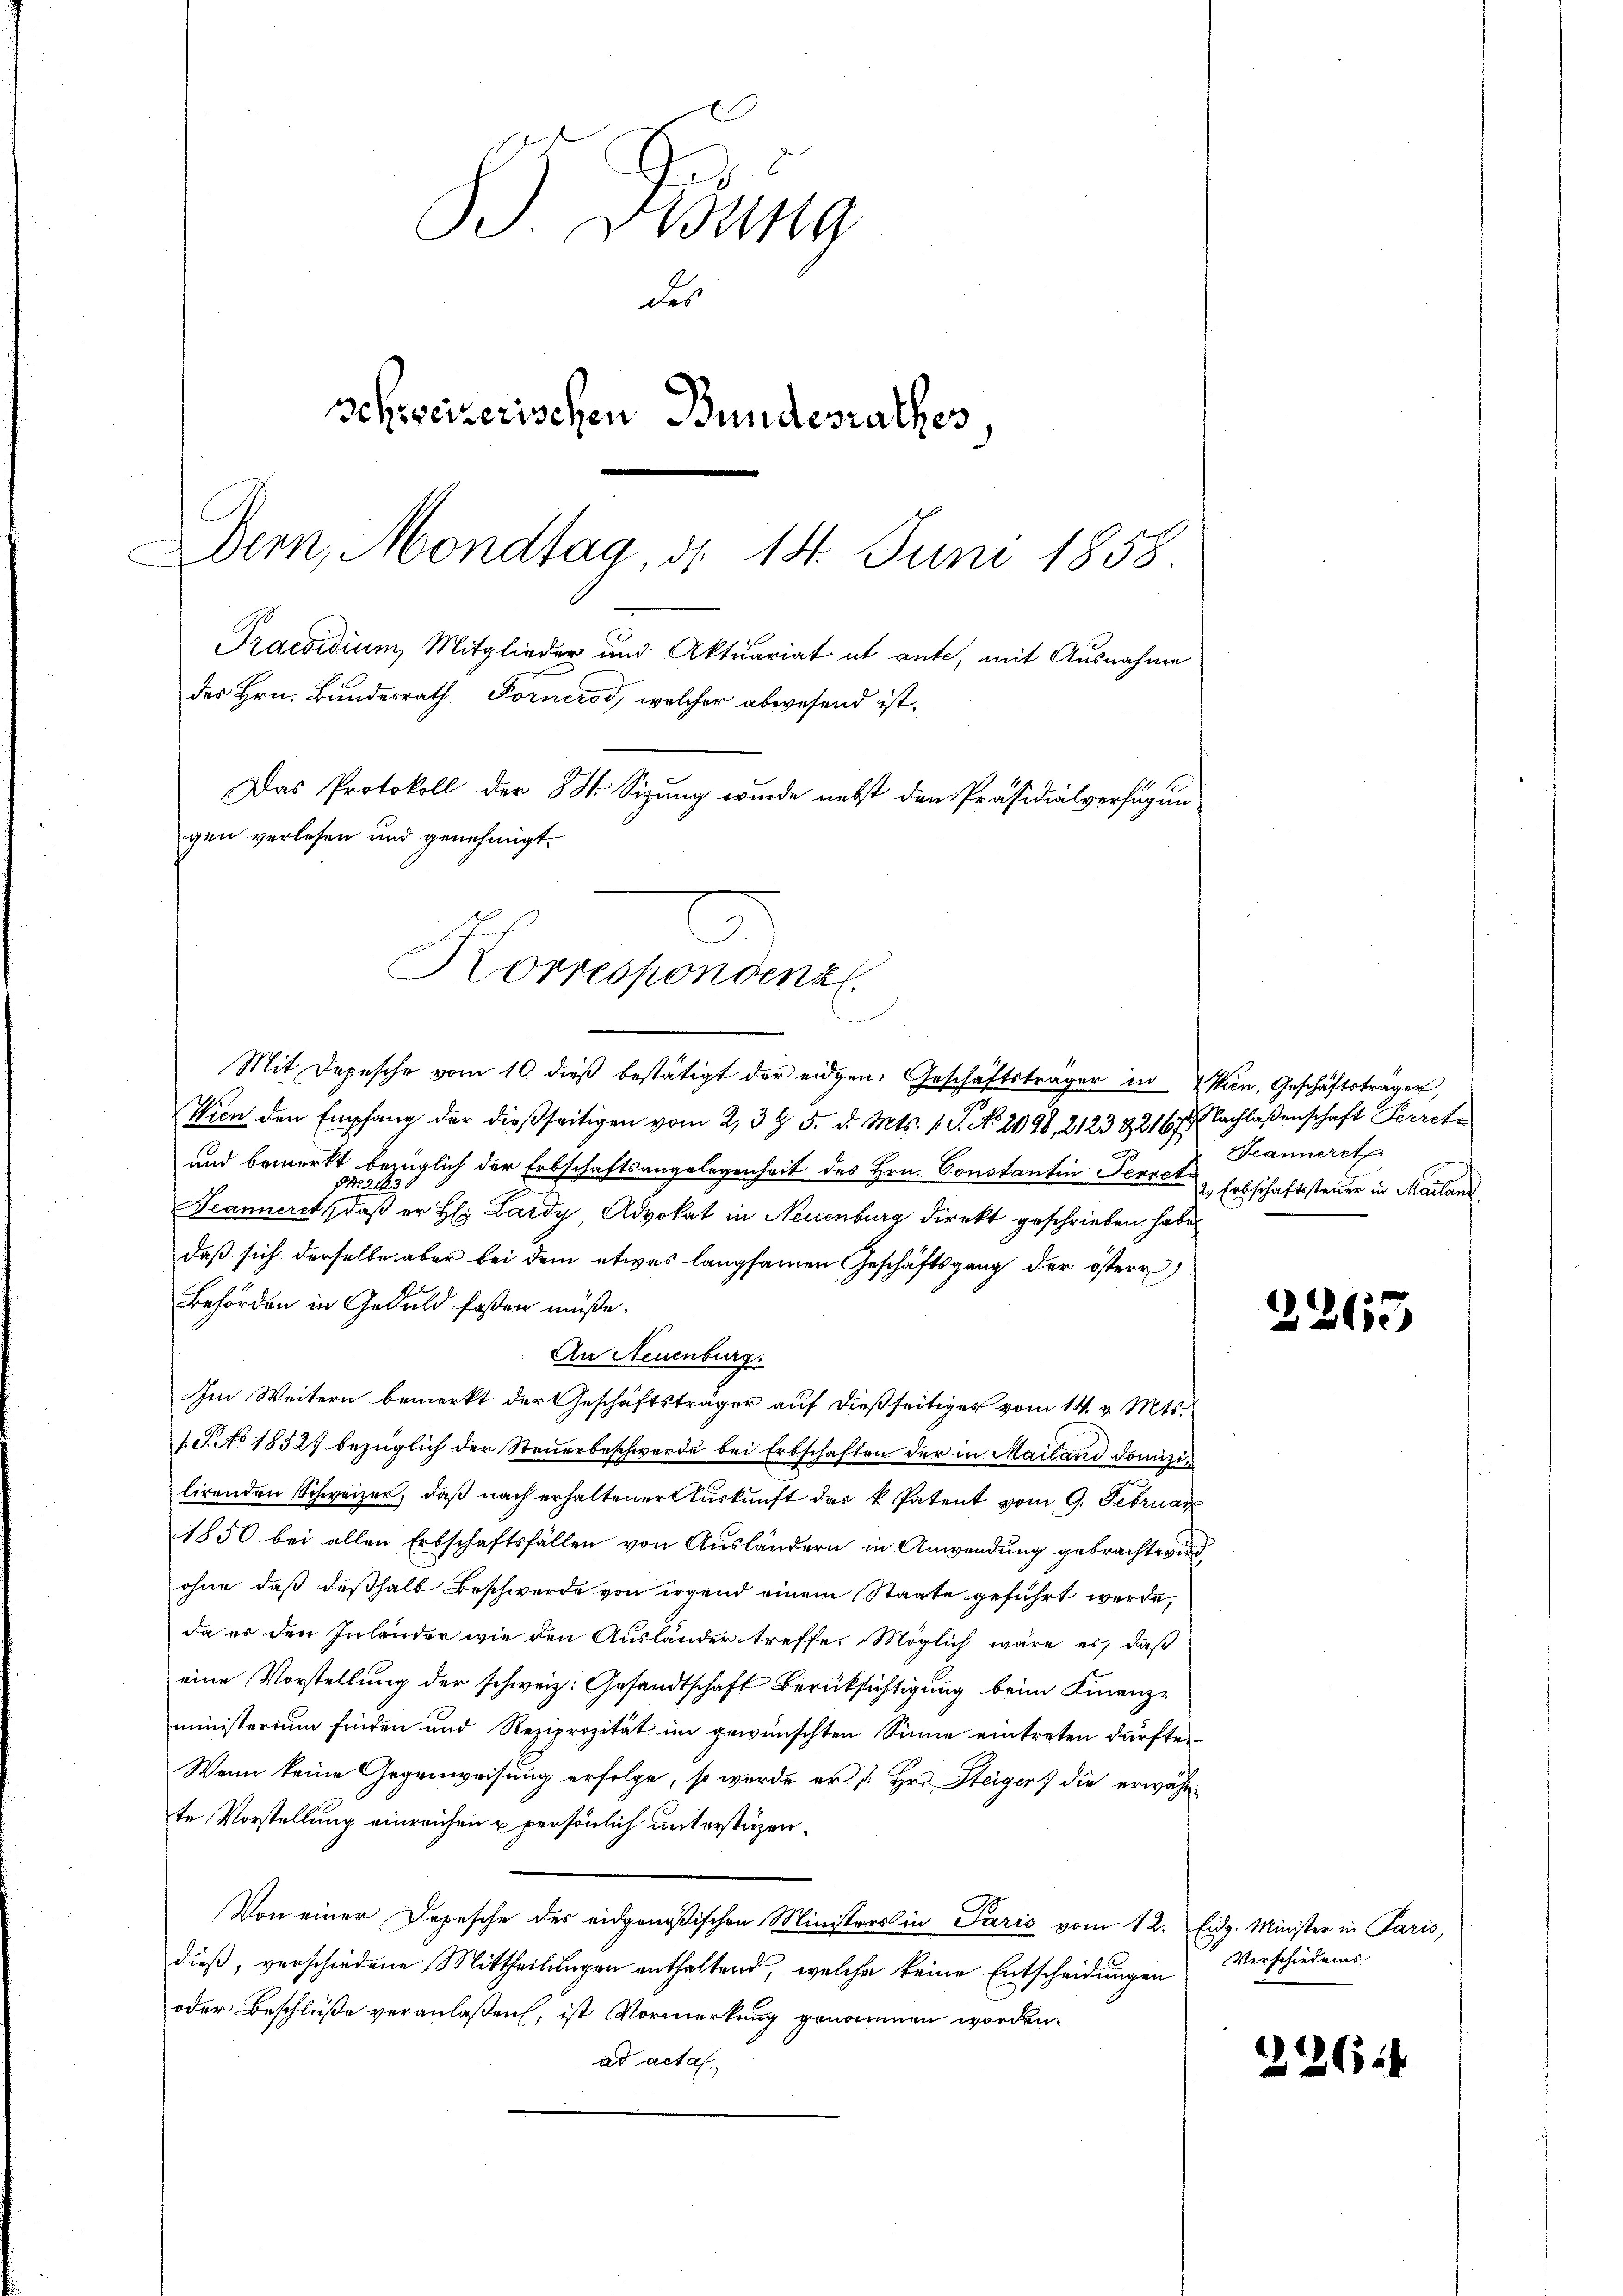
B Ding
des
Schweizerischen Bundesrathes,
Der, Mondtag, d. 14. Juni 1858.
Praesidium Mitglieder und Aktuariat ut ante, mit Ausnahme
des Hrn. Bundesrath Fornerod, welcher abwesend ist.
Das Protokoll der 8 St. Sizung wurde nebst den Präsidialverfügung
gen verlesen und genehmigt.

Mit Depesche vom 10. dieβ bestätigt der eidgen. Geschäftsträger in Wien, Geschäftsträger,
Wien den Empfang der dießseitigen vom 23 t 5. d. Mts. 1. P. No. 2098, 2123 & 217. Nachlaßenschaft Kirche
und bemerkt bezüglich der Erbschaftsangelegenheit des Hrn. Constantin Perret
Seannere er dieses er bey Lardy, Advokat in Neuenburg direkt geschrieben habe.
daß sich derselbe aber bei dem etwas langsamen Geschäftsgang der österr
Behörden in Geduld faßen müße.
An Neuenburg.
Im Weitern bemerkt der Geschäftsträger auf dießseitiges vom 14. v. Mts.
fd. No 1552 bezüglich der Steuerbeschwerde bei Erbschaften der in Mailand domizilirenden Schweizer, daß nach erhaltener Auskunft das k. Patent vom 9. Februar
1850 bei allen Erbschaftsfällen von Ausländern in Anwendung gebracht wird
ohne daß deßhalb Beschwerde von irgend einem Staate geführt werde,
da er den Inländer wie den Ausländer treffe. Möglich wäre es, daß
eine Vorstellung der schweiz. Gesandtschaft Berüksichtigung beim Finanz-
ministerium finden und Reziprozität im gewünschten Sinne eintreten dürfte.
Wenn keine Gegenweisung erfolge, so werde er Hr. Steiger die erwähnte Vorstellung einreichen u persönlich unterstüzen.
Von einer Depesche des eidgenößischen Ministers in Parić vom 12. Eidg. Minister in Paris,
dieß, verschiedene Mittheilungen enthaltend, welche keine Entscheidungen
oder Beschluße veranlaßen, ist Vormerkung genommen worden.
ad actas.

Korrespondenzl.
e

Seannerst
2 Erbschaftssteuer in Mailanz

226.

Verschiedenes

22

6